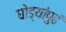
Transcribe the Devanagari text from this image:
घोड्यांपुढं